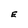
Character: E